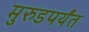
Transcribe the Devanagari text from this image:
मुरुडपर्यंत